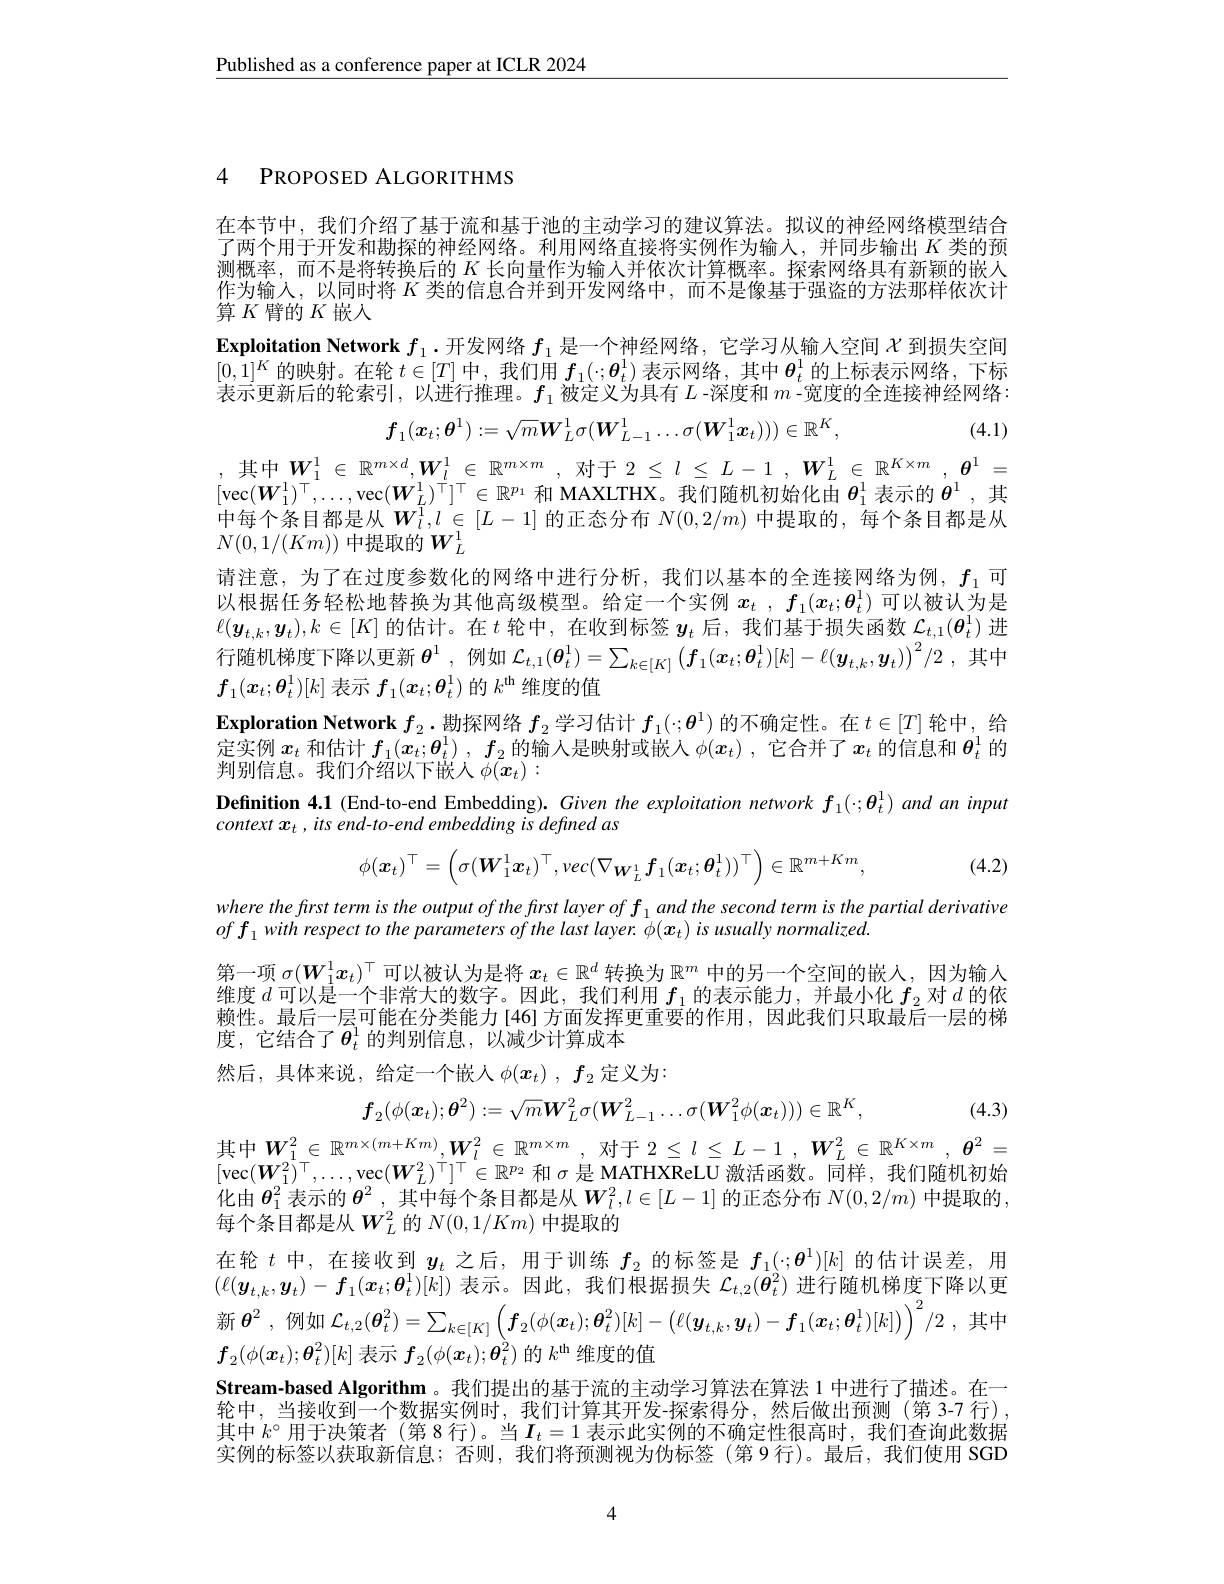
$\underline{\text{Published as a conference paper at ICLR 2024}}$

4 PROPOSED ALGORITHMS

在本节中，我们介绍了基于流和基于池的主动学习的建议算法。拟议的神经网络模型结合了两个用于开发和勘探的神经网络。利用网络直接将实例作为输入，并同步输出$K$类的预测概率，而不是将转换后的$K$长向量作为输入并依次计算概率。探索网络具有新颖的嵌人作为输人，以同时将$K$类的信息合并到开发网络中，而不是像基于强盗的方法那样依次计算$K$ 臂的$K$ 嵌入
Exploitation Network $f_1.$开发网络$f_1$是一个神经网络，它学习从输入空间$\chi$到损失空间$[0,1]^K$的映射。在轮$t\in[T]$中，我们用$f_1(\cdot;\boldsymbol{\theta}_t^1)$表示网络，其中$\boldsymbol{\theta}_t^1$的上标表示网络，下标表示更新后的轮索引，以进行推理。$f_1$被定义为具有$L$ -深度和$m$ -宽度的全连接神经网络：

(4.1)
$$f_1(\boldsymbol{x}_t;\boldsymbol{\theta}^1):=\sqrt{m}\boldsymbol{W}_L^1\sigma(\boldsymbol{W}_{L-1}^1\ldots\sigma(\boldsymbol{W}_1^1\boldsymbol{x}_t)))\in\mathbb{R}^K,$$
, 其中$\boldsymbol W_1^1\in\mathbb{R}^{m\times d},\boldsymbol{W}_l^1\in\mathbb{R}^{m\times m}$, 对于$2\leq l\leq L-1,\boldsymbol{W}_L^1\in\mathbb{R}^{K\times m},\boldsymbol{\theta}^1=$

$[\operatorname{vec}(\boldsymbol{W}_{1}^{1})^{\top},\ldots,\operatorname{vec}(\boldsymbol{W}_{L}^{\prime})^{\top}]^{\top}\in\mathbb{R}^{p_{1}}$和 MAXLTHX。我们随机初始化由$\boldsymbol\theta_1^{1}$表示的$\boldsymbol{\theta}^{1}$ ,其中每个条目都是从$W_l^1,l\in[L-1]$的正态分布$N(0,2/m)$中提取的，每个条目都是从$N(0,1/(Km))$中提取的$W_L^1$
请注意，为了在过度参数化的网络中进行分析，我们以基本的全连接网络为例，$f_{_1}$可以根据任务轻松地替换为其他高级模型。给定一个实例$x_t$ , $f_1( x_t; \boldsymbol{\theta }_t^1)$可以被认为是$\ell(\boldsymbol{y}_{t,k},\boldsymbol{y}_t),k\in[K]$的估计。在$t$轮中，在收到标签$y_t$后，我们基于损失函数$\mathcal{L}_t,1(\boldsymbol{\theta}_t^1)$进行随机梯度下降以更新$\boldsymbol{\theta}^1$,例如 $\mathcal{L}_{t,1}(\boldsymbol{\theta}_t^1)=\sum_{k\in[K]}\left(\boldsymbol{f}_1(\boldsymbol{x}_t;\boldsymbol{\theta}_t^1)[k]-\ell(\boldsymbol{y}_{t,k},\boldsymbol{y}_t)\right)^2/2$,其中$f_1(x_t;\boldsymbol{\theta}_t^1)[k]$表示$f_1(\boldsymbol{x}_t;\boldsymbol{\theta}_t^1)$的$k^\mathrm{th}$维度的值
Exploration Network $f_2\cdot$勘探网络$f_2$学习估计$f_1(\cdot;\boldsymbol{\theta}^1)$的不确定性。在$t\in[T]$轮中，给定实例$x_t$和估计$f_1( x_t; \boldsymbol{\theta }_t^1)$ , $f_2$的输人是映射或嵌入$\phi ( x_t)$ , 它合并了$x_t$的信息和$\boldsymbol{\theta}_t^1$的判别信息。我们介绍以下嵌入$\phi(\bar{x}_t):$
Definition 4.1 (End-to-end Embedding). Given the exploitation network $f_1(\cdot;\theta_t^1)$ and an input
context $x_t,itsend-to-endembeddingisdefinedas$
$$\phi(\boldsymbol{x}_t)^\top=\left(\sigma(\boldsymbol{W}_1^1\boldsymbol{x}_t)^\top,vec(\nabla_{\boldsymbol{W}_L^1}\boldsymbol{f}_1(\boldsymbol{x}_t;\boldsymbol{\theta}_t^1))^\top\right)\in\mathbb{R}^{m+Km},$$
(4.2)

$wherethefirsttermistheoutputofthefrstlayeroff_{1}andthesecondtermisthepartialderivative$
$off_{1}withrespecttotheparametersofthelastlayer.\phi(x_{t})isusuallynormalized.$
第一项$\sigma(\boldsymbol{W}_1^1\boldsymbol{x}_t)^\top$可以被认为是将$x_t\in\mathbb{R}^d$转换为$\mathbb{R}^m$中的另一个空间的嵌人，因为输入维度$d$可以是一个非常大的数字。因此，我们利用$f_1$的表示能力，并最小化$f_2$对$d$的依赖性。最后一层可能在分类能力[46]方面发挥更重要的作用，因此我们只取最后一层的梯度，它结合了$\boldsymbol{\theta}_t^1$的判别信息，以减少计算成本
然后，具体来说，给定一个嵌人$\phi(x_t),f_2$定义为：
$$f_{2}(\phi(\boldsymbol{x}_{t});\boldsymbol{\theta}^{2}):=\sqrt{m}\boldsymbol{W}_{L}^{2}\sigma(\boldsymbol{W}_{L-1}^{2}\ldots\sigma(\boldsymbol{W}_{1}^{2}\phi(\boldsymbol{x}_{t})))\in\mathbb{R}^{K}$$
(4.3)

其中$\boldsymbol W_1^2\in\mathbb{R}^{m\times(m+Km)},\boldsymbol{W}_l^2\in\mathbb{R}^{m\times m}$, 对于 $2\leq l\leq L-1,\boldsymbol{W}_L^2\in\mathbb{R}^{K\times m},\boldsymbol{\theta}^2=$ $[\operatorname{vec}(\boldsymbol{W}_{1}^{2})^{\top},\ldots,\operatorname{vec}(\boldsymbol{W}_{L}^{2})^{\top}]^{\top}\in\mathbb{R}^{p_{2}}$和$\sigma$是 MATHXReLU 激活函数。同样，我们随机初始化由$\boldsymbol{\theta}_1^2$表示的$\boldsymbol{\theta}^2$,其中每个条目都是从$\boldsymbol W_l^2,l\in[L-1]$的正态分布$N(0,2/m)$中提取的， 每个条目都是从$W_L^2$的$N(0,1/Km)$中提取的
在 轮 $t$ 中 , 在 接 收 到 $y_{t}$ 之 后 , 用 于 训 练 $f_{2}$ 的 标 签 是 $f_{1}( \cdot ; \boldsymbol{\theta }^{1}) [ k]$ 的 估 计 误 差 , 用 $( \ell ( \boldsymbol{y}_{t, k}, \boldsymbol{y}_{t}) - \boldsymbol{f}_{1}( \boldsymbol{x}_{t}; \boldsymbol{\theta }_{t}^{1}) [ k] )$ 表 示 。因 此 , 我 们 根 据 损 失 $\mathcal{L} _{t, 2}( \boldsymbol{\theta }_{t}^{2})$ 进 行 随 机 梯 度 下 降 以 更新$\boldsymbol{\theta}^2$,例如$\mathcal{L}_t,2(\boldsymbol{\theta}_t^2)=\sum_{k\in[K]}\left(\boldsymbol{f}_2(\phi(\boldsymbol{x}_t);\boldsymbol{\theta}_t^2)[k]-\left(\ell(\boldsymbol{y}_{t,k},\boldsymbol{y}_t)-\boldsymbol{f}_1(\boldsymbol{x}_t;\boldsymbol{\theta}_t^1)[k]\right)\right)^2/2$,其中$f_2(\phi(\boldsymbol{x}_t);\boldsymbol{\theta}_t^2)[k]$表示$f_2(\phi(\boldsymbol{x}_t);\boldsymbol{\theta}_t^2)$的$k^\mathrm{th}$维度的值
Stream-based Algorithm。我们提出的基于流的主动学习算法在算法 1 中进行了描述。在一轮中，当接收到一个数据实例时，我们计算其开发-探索得分，然后做出预测(第 3-7 行). 其中$k^\circ$用于决策者 (第8行)。当$I_t=1$表示此实例的不确定性很高时，我们查询此数据实例的标签以获取新信息；否则，我们将预测视为伪标签(第9行)。最后，我们使用 SGD

4